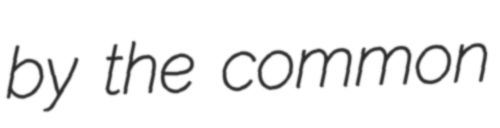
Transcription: by the common